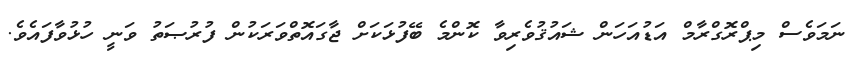
ނަމަވެސް މިޕްރޮގްރާމް އަޑުއަހަން ޝައުޤުވެރިވާ ކޮންމެ ބޭފުޅަކަށް ޖާގައޮތްވަރަކުން ފުރުޞަތު ވަނީ ހުޅުވާފައެވެ.